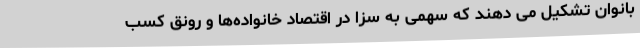
بانوان تشکیل می دهند که سهمی به سزا در اقتصاد خانواده‌ها و رونق کسب